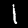
Label: 1